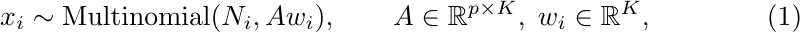
\begin{equation} \label{Hofmann}
x_i \sim \mathrm{Multinomial}(N_i, A w_i),  \qquad A \in \mathbb{R}^{p\times K}, \;  w_i \in \mathbb{R}^K,
\end{equation}